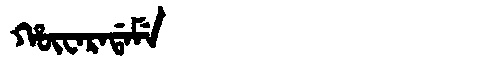
Manchu: ᡥᡡᠸᠠᡵᠠᡩᠠᠮᡝ
Romanization: HŪWARADAME